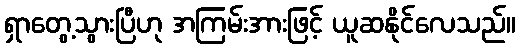
ရှာတွေ့သွားပြီဟု အကြမ်းအားဖြင့် ယူဆနိုင်လေသည်။